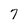
Character: 7